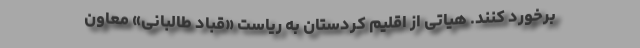
برخورد کنند. هیاتی از اقلیم کردستان به ریاست «قباد طالبانی» معاون